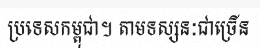
ប្រទេសកម្ពុជា។ តាមទស្សនៈជាច្រើន